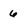
Character: 6